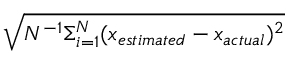
\sqrt { N ^ { - 1 } \Sigma _ { i = 1 } ^ { N } ( x _ { e s t i m a t e d } - x _ { a c t u a l } ) ^ { 2 } }